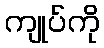
ကျုပ်ကို